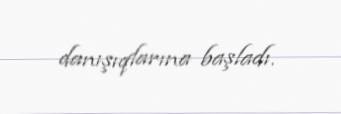
danışıqlarına başladı.